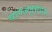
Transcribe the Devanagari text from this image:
धानअनुसंधान